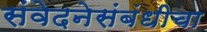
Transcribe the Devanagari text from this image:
संवेदनेसंबंधीचा